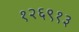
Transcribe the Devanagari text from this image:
१२६९१३